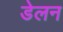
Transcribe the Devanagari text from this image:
डेलन